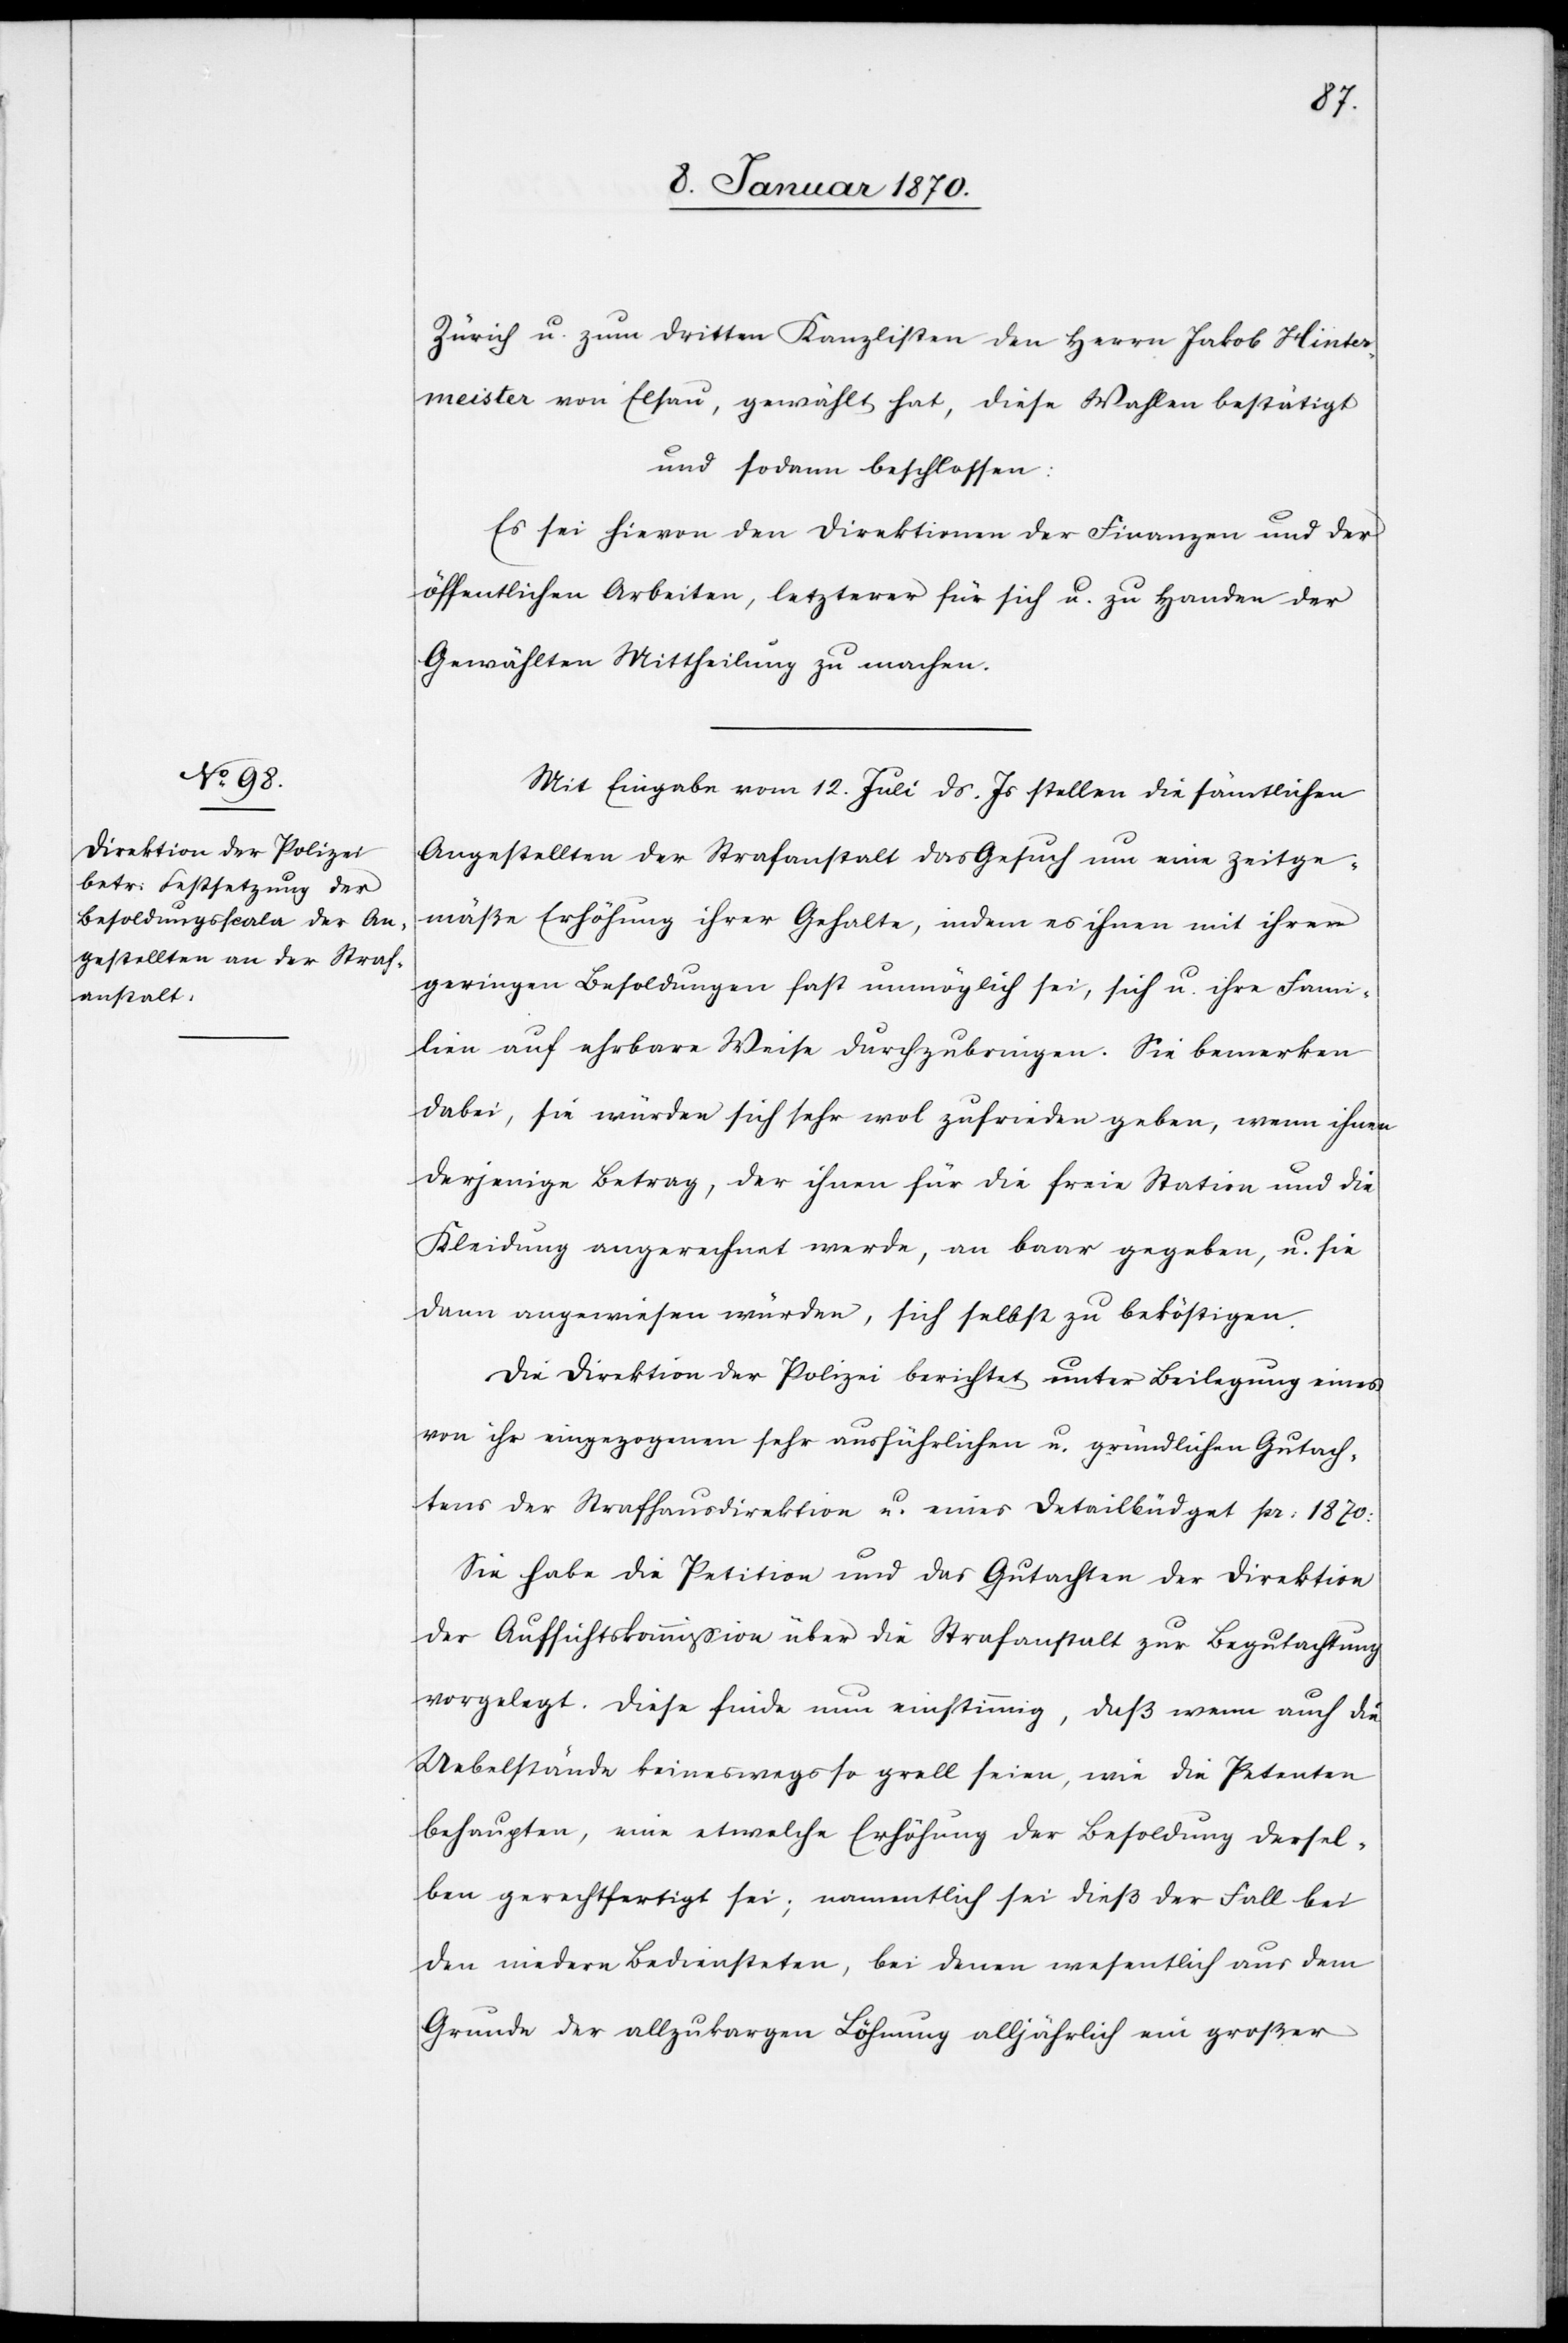
Zürich u. zum dritten Kanzlisten den Herrn Jakob Hinter¬
meister von Elsau, gewählt hat, diese Wahlen bestätigt
und sodann beschlossen:
Es sei hievon den Direktionen der Finanzen und der
öffentlichen Arbeiten, letzterer für sich u. zu Handen der
Gewählten Mittheilung zu machen.
Mit Eingabe vom 12. Juli ds. Js. stellen die sämtlichen
Angestellten der Strafanstalt das Gesuch um eine zeitge¬
mäße Erhöhung ihrer Gehalte, indem es ihnen mit ihren
geringen Besoldungen fast unmöglich sei, sich u. ihre Fami¬
lien auf ehrbare Weise durchzubringen. Sie bemerken
dabei, sie würden sich sehr wol zufrieden geben, wenn ihnen
derjenige Betrag, der ihnen für die freie Station und die
Kleidung angerechnet werde, an baar gegeben, u. sie
dann angewiesen würden, sich selbst zu beköstigen.
Die Direktion der Polizei berichtet unter Beilegung eines
von ihr eingezogenen sehr ausführlichen u. gründlichen Gutach¬
tens der Strafhausdirektion u. eines Detailbüdget pr: 1870:
Sie habe die Petition und das Gutachten der Direktion
der Aufsichtskommission über die Strafanstalt zur Begutachtung
vorgelegt. Diese finde nun einstimmig, daß wenn auch die
Uebelstände keineswegs so grell seien, wie die Petenten
behaupten, wie etwelche Erhöhung der Besoldung dersel¬
ben gerechtfertigt sei; namentlich sei dieß der Fall bei
den niedern Bediensteten, bei denen wesentlich aus dem
Grunde der allzukargen Löhnung alljährlich ein großer